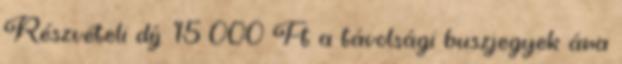
Részvételi díj: 15 000 Ft a távolsági buszjegyek ára